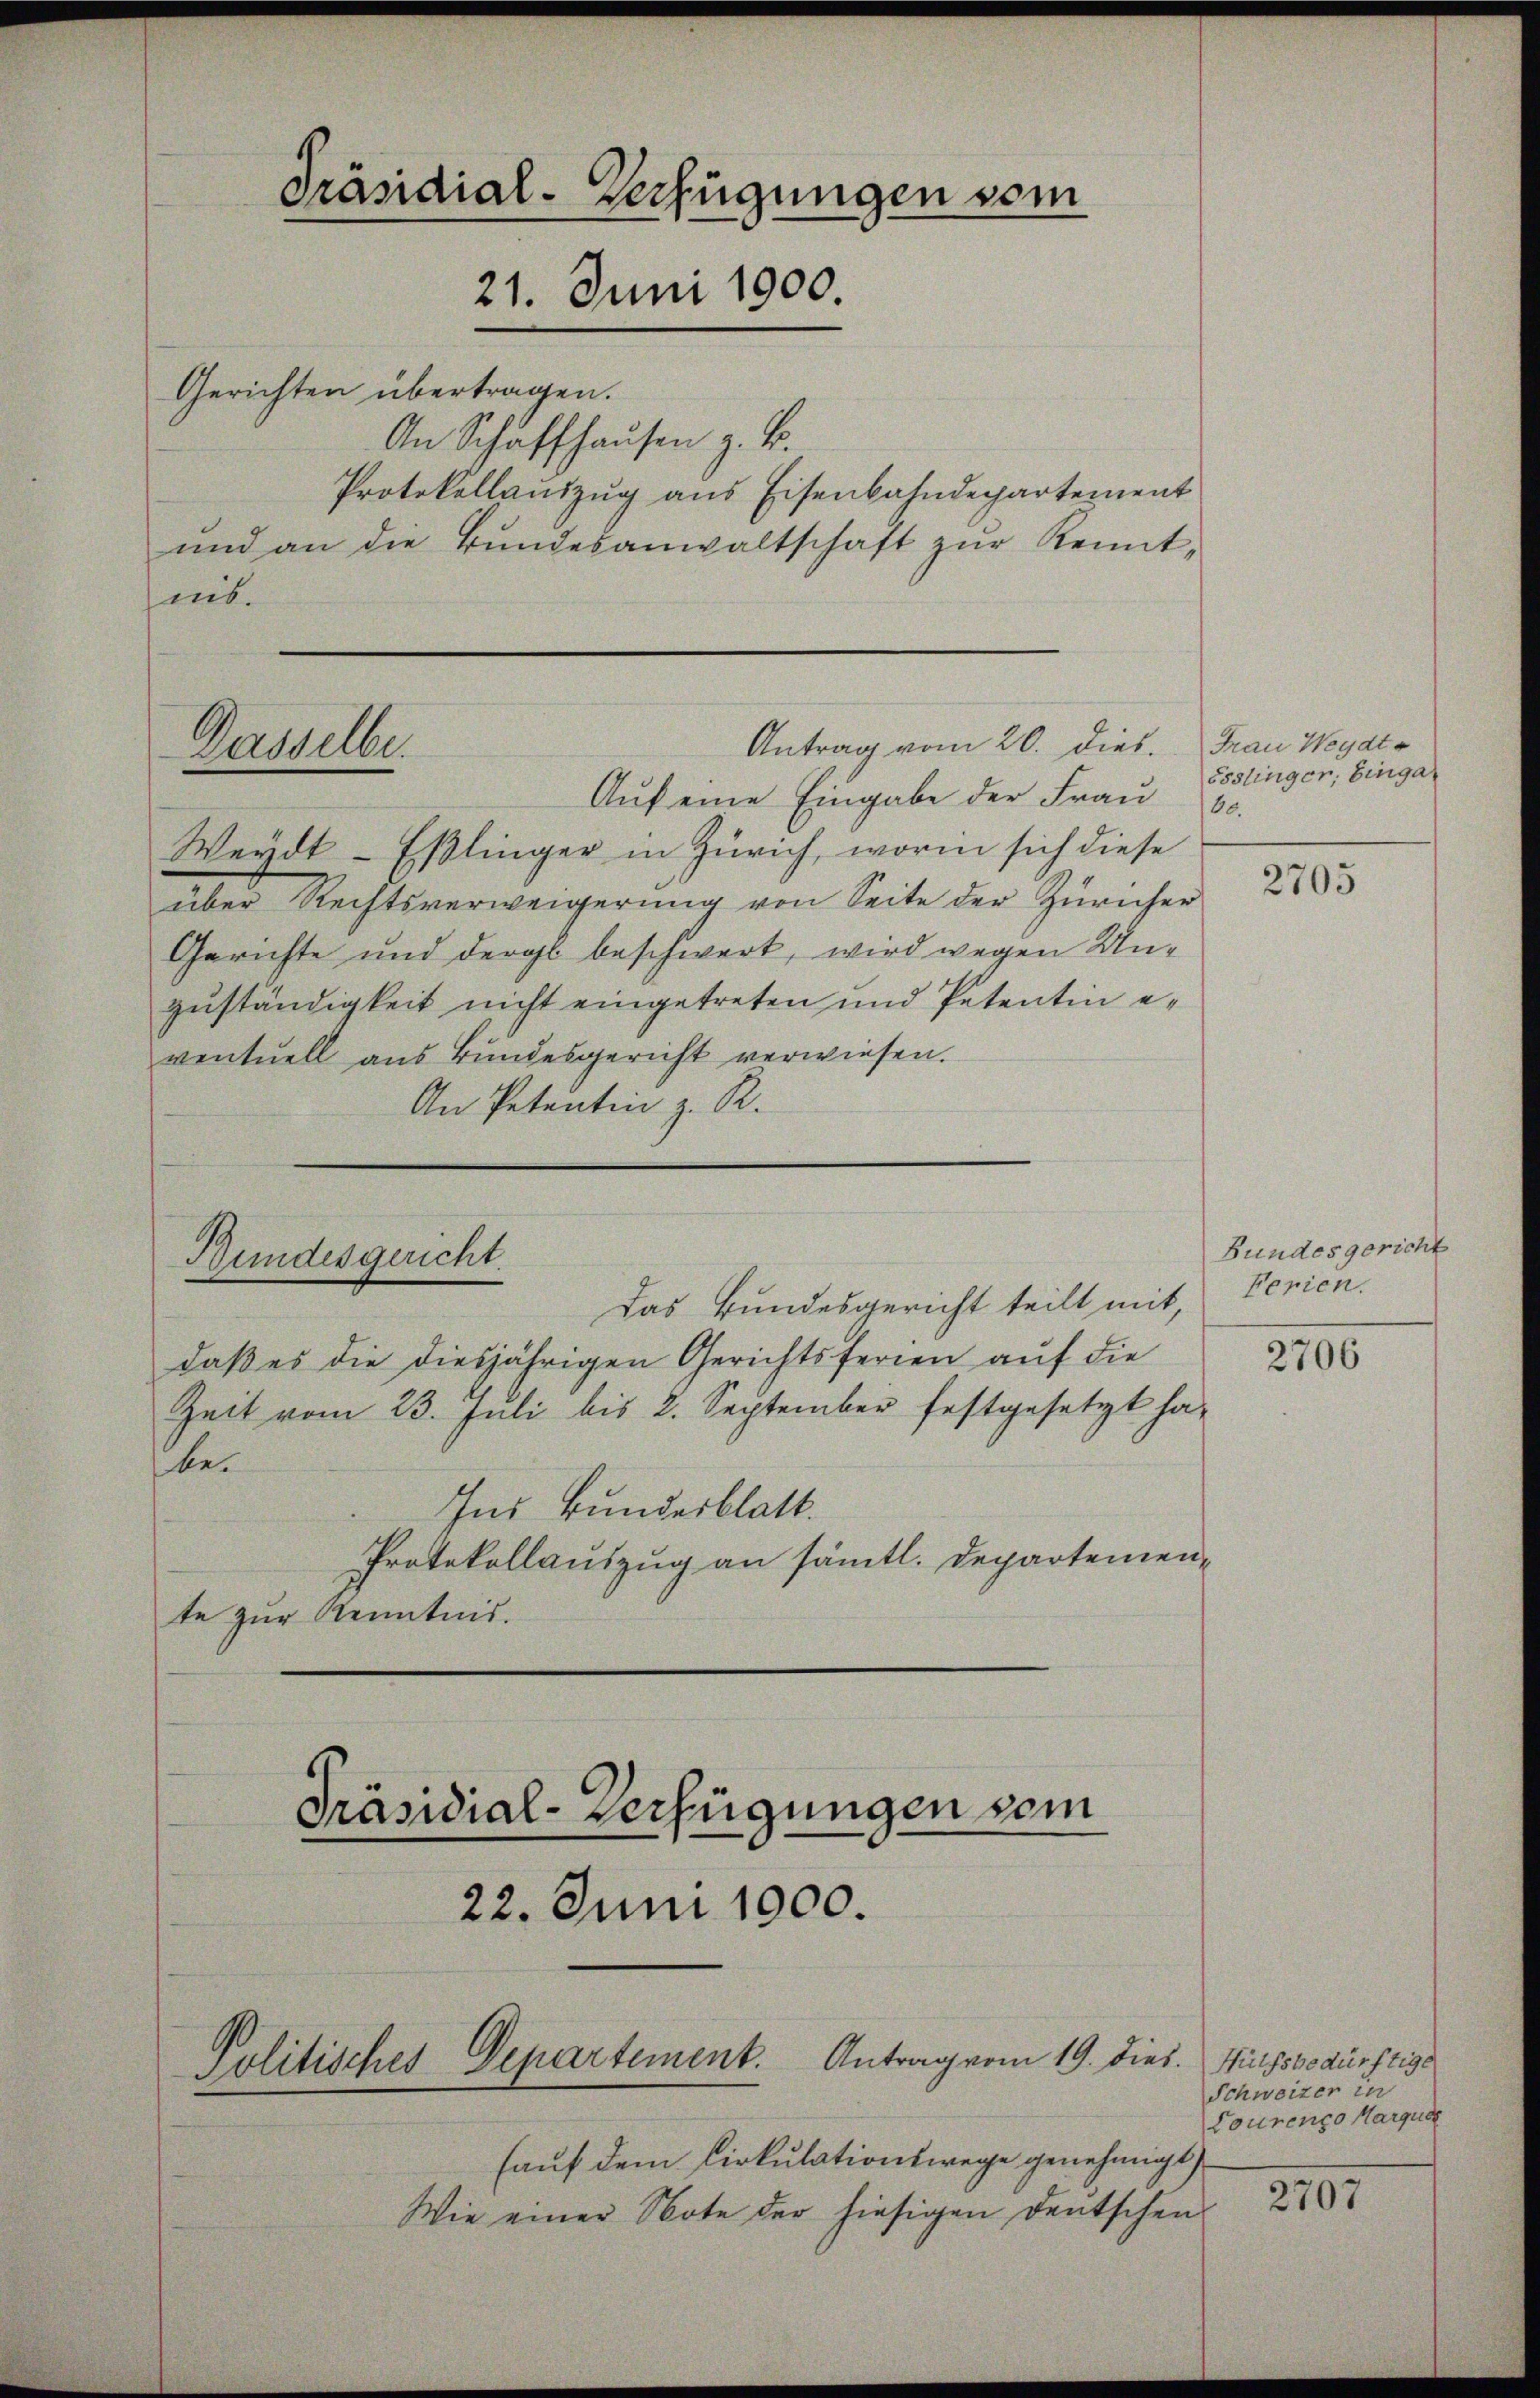
Gerichten übertragen.
An Schaffhausen z. B.
Protokollauszug aus Eisenbahndepartement
ŭnd an die Bŭndesanwaltschaft zŭr Kennt-
nis.

Dasselbe.

Präsidial-Verfügungen vom
21. Juni 1900.

Aŭf eine Eingabe der Fraŭ 60.
Weydt-Eßlinger in Zürich, worin sich diese
über Rechtsverweigerung von Seite der Züricher
Gerichte und dergl. beschwert, wird wegen Unzuständigkeit nicht eingetreten und Petentin eventuell aus Bundesgericht verwiesen.
An Petentin z. R.

Bundesgericht.
Das Bundesgericht teilt mit Ferien.

Antrag vom 20. dies. Frau Weydt

daß es die diesjährigen Gerichtsferien auf die
Zeit vom 23. Juli bis 2. September festgesetzt ha-
be¬
Ins Bundesblatt.
Protokollauszug an sämtl. Departemente zur Kenntnis.
Präsidial-Verfügungen vom
22. Juni 1900.

Politisches Departement. Antrag vom 19. dies. Hilfsbedürftige

(auf dem Cirkulationswege genehmigt
Wie einer Note der hiesigen Deutschen

össlinger, Einga

2705

Bundesgericht

2706

Schweizer in
Tourenzo Marques
2707